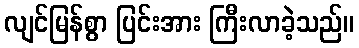
လျင်မြန်စွာ ပြင်းအား ကြီးလာခဲ့သည်။